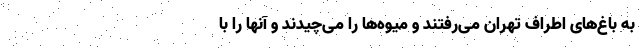
به باغ‌های اطراف تهران می‌رفتند و میوه‌ها را می‌چیدند و آنها را با